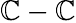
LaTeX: \mathbb{C}-\mathbb{C}